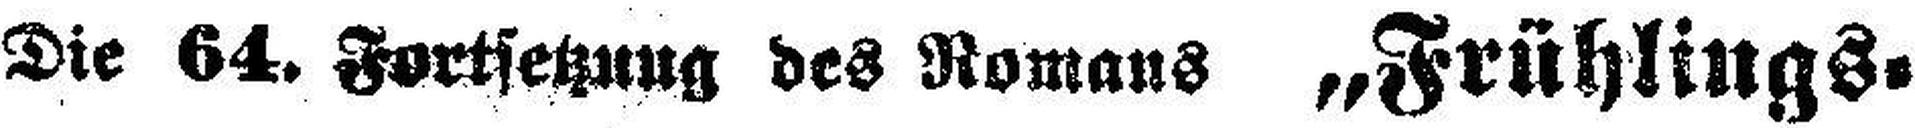
Die 64. Fortsetzung des Romans „Frühlings¬